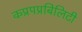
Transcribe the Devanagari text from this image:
कप्रपप्रबिलिटी